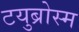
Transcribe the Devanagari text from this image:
टयुब्रोस्म